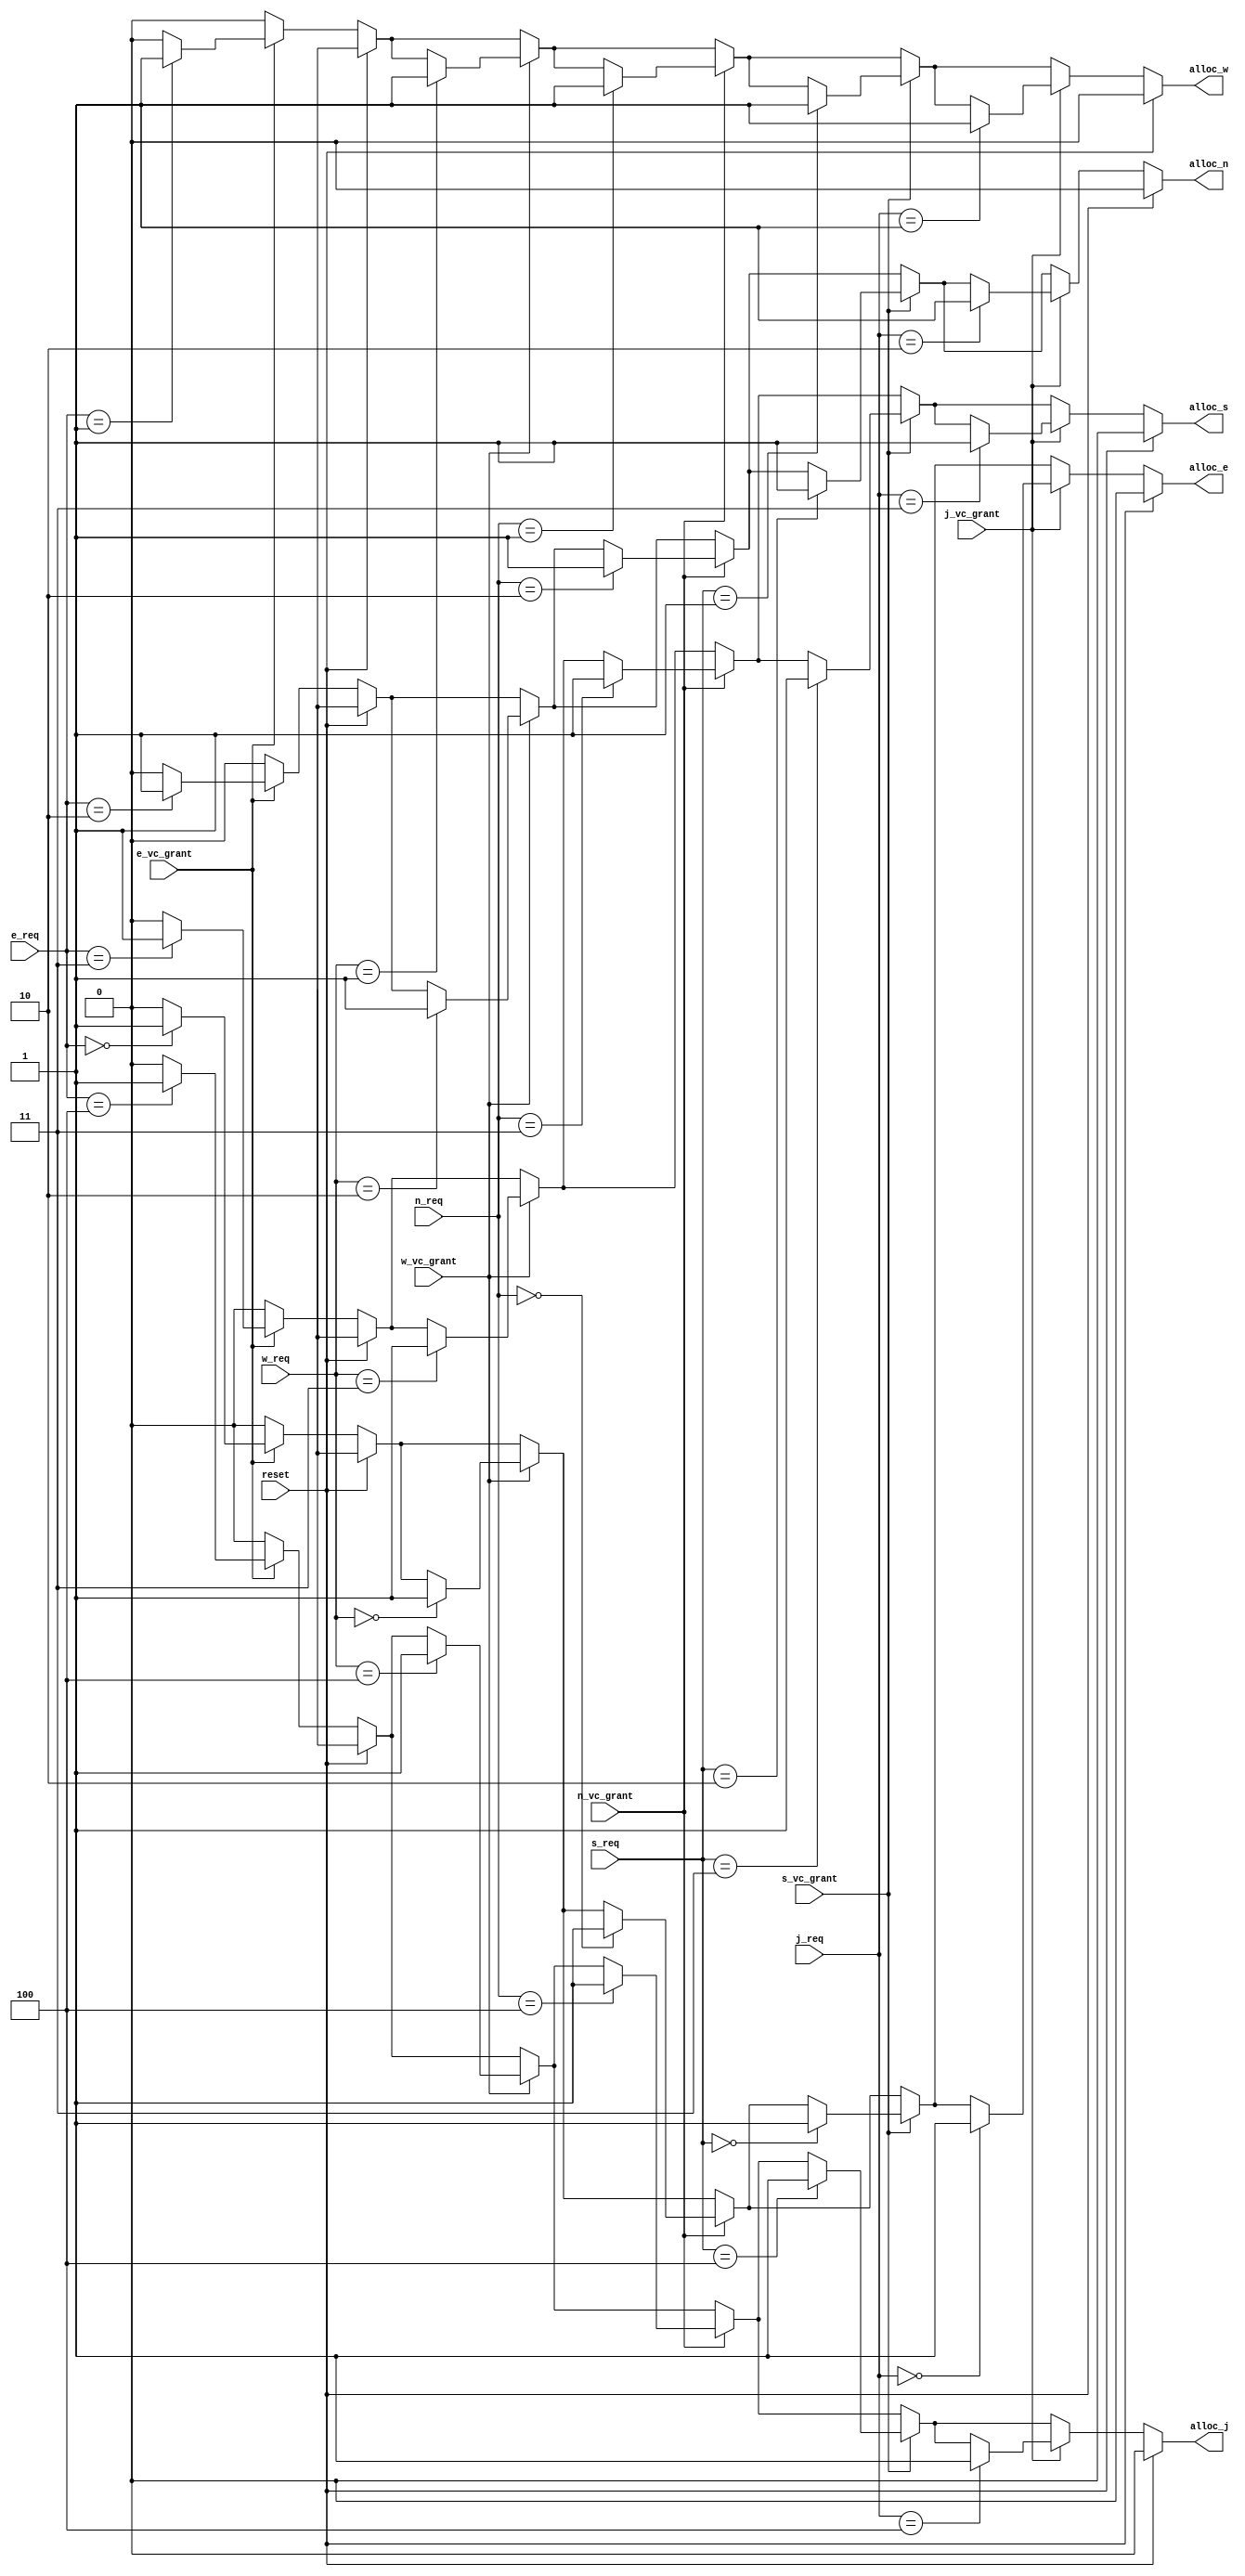
module set_Alloc (output reg alloc_e, alloc_w, alloc_n, alloc_s, alloc_j, 
				  input e_vc_grant, w_vc_grant, n_vc_grant, s_vc_grant, j_vc_grant,reset,
                  input [2:0] e_req, w_req, n_req, s_req, j_req);
                  
 // inputs requests for outputs
 
  always @(*)
  begin
	if (reset)
		{alloc_e, alloc_w, alloc_n, alloc_s, alloc_j} = 5'b0;
	else
	begin
		{alloc_e, alloc_w, alloc_n, alloc_s, alloc_j} = 5'b0;
		if(e_vc_grant == 1)
		begin
		  case (e_req)
			3'b000:
			  alloc_e = 1;
			3'b001:
			  alloc_w = 1;
			3'b010:
			  alloc_n = 1;
			3'b011:
			  alloc_s = 1;
			3'b100:
			  alloc_j = 1;
		  endcase
		end
		if(w_vc_grant == 1)
		begin
		  case (w_req)
			3'b000:
			  alloc_e = 1;
			3'b001:
			  alloc_w = 1;
			3'b010:
			  alloc_n = 1;
			3'b011:
			  alloc_s = 1;
			3'b100:
			  alloc_j = 1;
		  endcase
		end
		if(n_vc_grant == 1)
		begin
		  case (n_req)
			3'b000:
			  alloc_e = 1;
			3'b001:
			  alloc_w = 1;
			3'b010:
			  alloc_n = 1;
			3'b011:
			  alloc_s = 1;
			3'b100:
			  alloc_j = 1;
		  endcase
		end
		if(s_vc_grant == 1)
		begin
		  case (s_req)
			3'b000:
			  alloc_e = 1;
			3'b001:
			  alloc_w = 1;
			3'b010:
			  alloc_n = 1;
			3'b011:
			  alloc_s = 1;
			3'b100:
			  alloc_j = 1;
		  endcase
		end
		if(j_vc_grant == 1)
		begin
		  case (j_req)
			3'b000:
			  alloc_e = 1;
			3'b001:
			  alloc_w = 1;
			3'b010:
			  alloc_n = 1;
			3'b011:
			  alloc_s = 1;
			3'b100:
			  alloc_j = 1;
		  endcase
		end
	end	
  end
  
endmodule